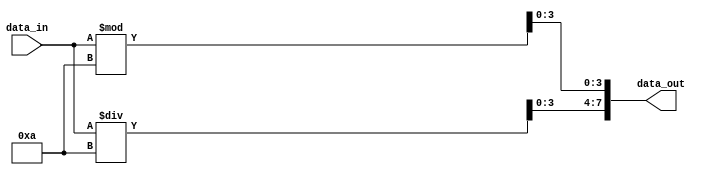
//-----------------------------------------------------------------------------------
// DESCRIPTION   :  Bin to Bcd converter
//                  Input (data_in) width : 4
//                  Output (data_out) width : 8
//                  Enable (EN) active : high
//
//-----------------------------------------------------------------------------------

module Bin2Bcd (data_in,data_out );
	input [6:0] data_in ;
	output [7:0] data_out ;
	assign data_out[7:4]=data_in/10;
	assign data_out[3:0]=data_in%10;
endmodule